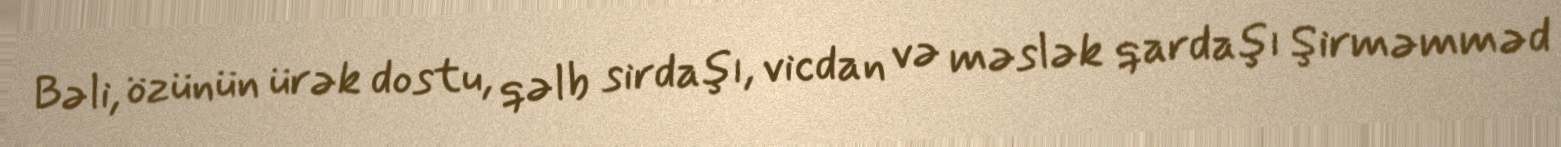
Bəli, özünün ürək dostu, qəlb sirdaşı, vicdan və məslək qardaşı Şirməmməd